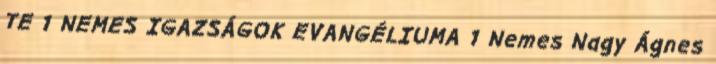
TE 1 NEMES IGAZSÁGOK EVANGÉLIUMA 1 Nemes Nagy Ágnes